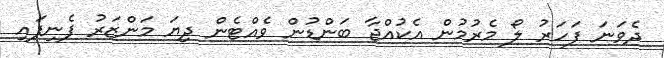
ދެވަނަ ފަހަރު ލޯ މެރުމުން އެކުއްޖާ ބަންޑުން ވެއްޓެން ދިޔަ މަންޒަރު ފެނިފައި